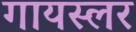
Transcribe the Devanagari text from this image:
गायस्लर